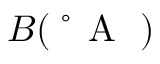
B ( \mathrm { ~ \r ~ { ~ A ~ } ~ } )